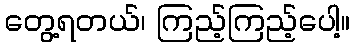
တွေ့ရတယ်၊ ကြည့်ကြည့်ပေါ့။